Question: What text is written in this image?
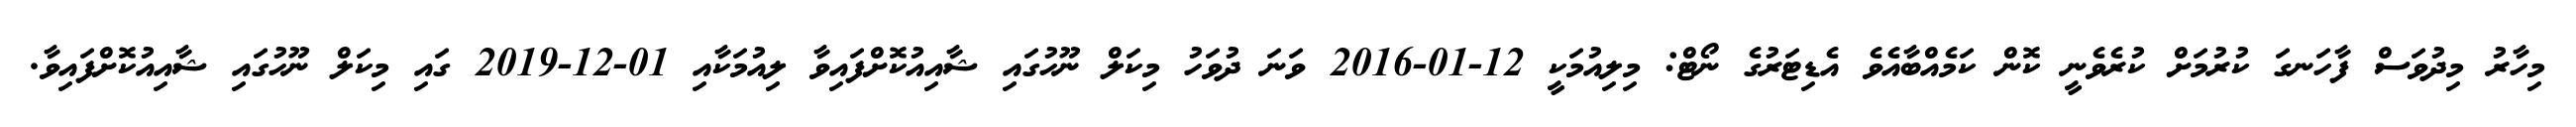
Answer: މިހާރު މިދުވަސް ފާހަނގަ ކުރުމަށް ކުރެވެނީ ކޮން ކަމެއްބާއެވެ އެޑިޓަރުގެ ނޯޓް: މިލިއުމަކީ 12-01-2016 ވަނަ ދުވަހު މިކަލް ނޫހުގައި ޝާއިއުކޮށްފައިވާ ލިއުމަކާއި 01-12-2019 ގައި މިކަލް ނޫހުގައި ޝާއިއުކޮށްފައިވާ.